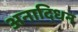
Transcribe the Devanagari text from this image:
अनादिधन